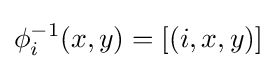
\phi _{i}^{-1}(x,y)=[(i,x,y)]